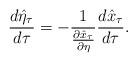
LaTeX: \begin{align*}\frac{d\hat\eta_\tau}{d\tau}=-\frac{1}{\frac{\partial\hat x_\tau}{\partial\eta}}\frac{d \hat x_\tau}{d\tau}.\end{align*}